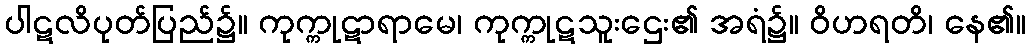
ပါဋလိပုတ်ပြည်၌။ ကုက္ကုဋာရာမေ၊ ကုက္ကုဋသူးဌေး၏ အရံ၌။ ဝိဟရတိ၊ နေ၏။